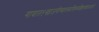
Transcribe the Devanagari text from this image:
गावात१खाजगीव्यावसायिकप्रशिक्षणशाळाआहे